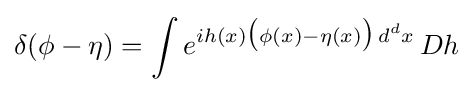
\delta (\phi -\eta )=\int e^{ih(x){\big (}\phi (x)-\eta (x){\big )}\,d^{d}x}\,Dh